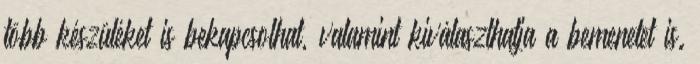
több készüléket is bekapcsolhat, valamint kiválaszthatja a bemenetet is.